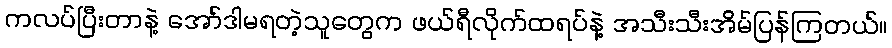
ကလပ်ပြီးတာနဲ့ အော်ဒါမရတဲ့သူတွေက ဖယ်ရီလိုက်ထရပ်နဲ့ အသီးသီးအိမ်ပြန်ကြတယ်။